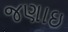
જણાઇ